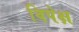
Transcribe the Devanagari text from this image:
विपेक्ष